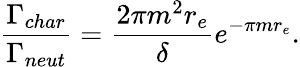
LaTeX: \frac{\Gamma_{char}}{\Gamma_{neut}}=\frac{2\pi m^{2}r_{e}}{\delta}e^{-\pi mr_{e}}.